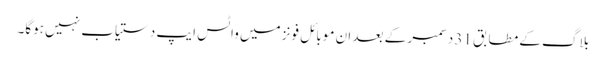
بلاگ کے مطابق 31 دسمبر کے بعد ان موبائل فونز میں واٹس ایپ دستیاب نہیں ہوگا۔